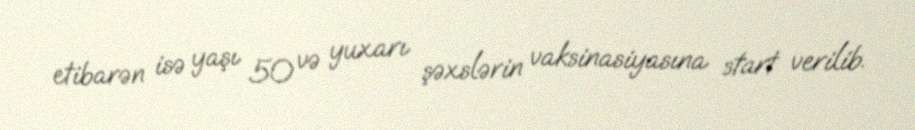
etibarən isə yaşı 50 və yuxarı şəxslərin vaksinasiyasına start verilib.